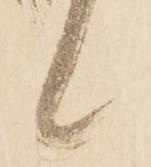
候